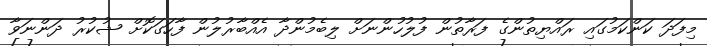
މިފަދަ ކަންކަމުގައި ރައްޔިތުންގެ ފަރާތުން ފުލުހުންނަށް ލިބެމުންދާ އެއްބާރުލުން ފާހަގަކޮށް ޝުކުރު ދަންނަވާ